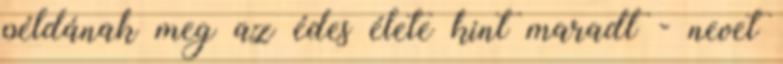
példának meg az édes élete kint maradt - nevet